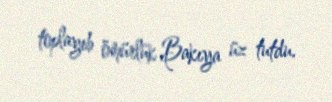
toplayıb ömürlük Bakıya üz tutdu.